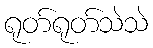
ရုတ်ရုတ်သဲသဲ